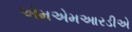
એમએમઆરડીએ